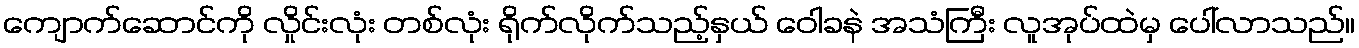
ကျောက်ဆောင်ကို လှိုင်းလုံး တစ်လုံး ရိုက်လိုက်သည့်နှယ် ဝေါခနဲ အသံကြီး လူအုပ်ထဲမှ ပေါ်လာသည်။